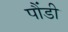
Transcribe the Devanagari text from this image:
पौंडी